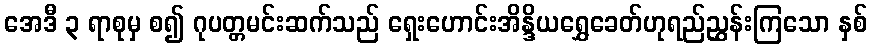
အေဒီ ၃ ရာစုမှ စ၍ ဂုပတ္တမင်းဆက်သည် ရှေးဟောင်းအိန္ဒိယရွှေခေတ်ဟုရည်ညွှန်းကြသော နှစ်